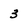
Character: 3